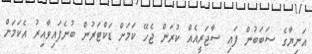
އަނިޔާގެ ސަބަބުން ފައި ސާޖަރީއެއް ކުރަން ޖެހޭ ކަމަށް ޑަކްޓަރުން ބުނެފައިވާއިރު އެކަމަށް